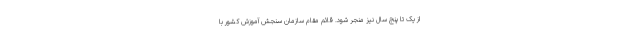
از یک تا پنج سال نیز منجر شود. قائم مقام سازمان سنجش آموزش کشور با